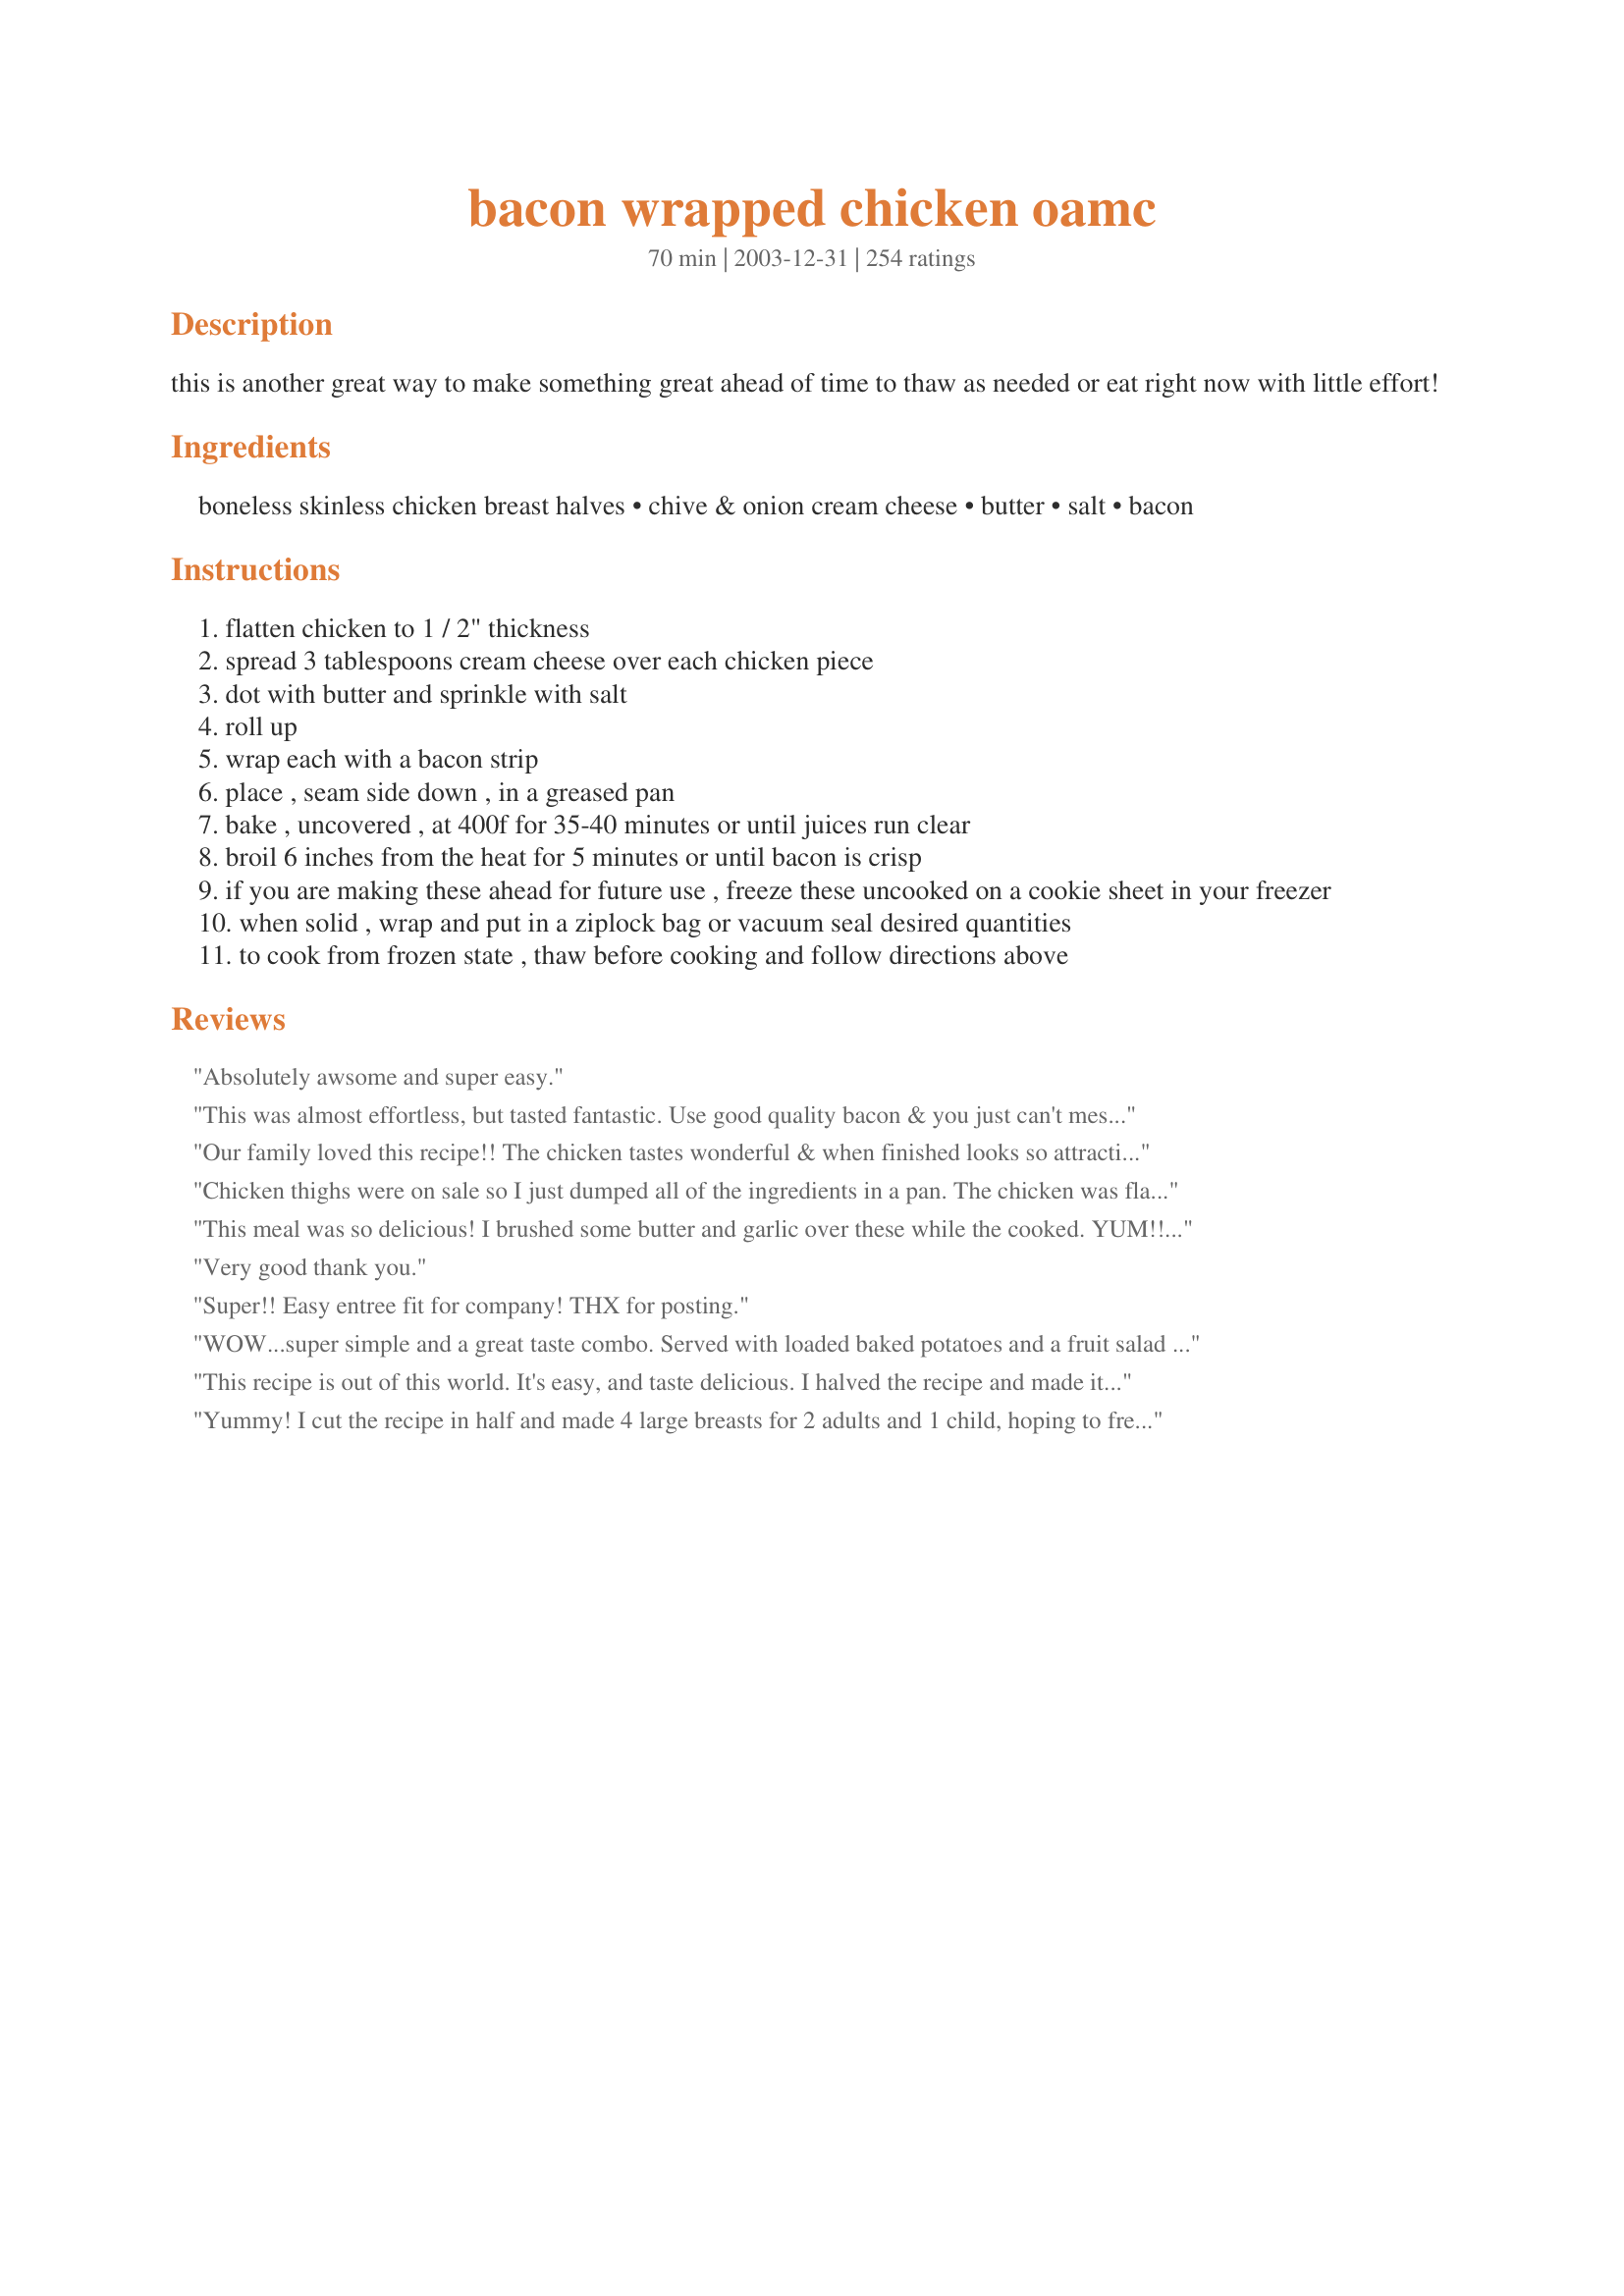
bacon wrapped chicken oamc
Preparation time: 70 minutes

this is another great way to make something great ahead of time to thaw as needed or eat right now with little effort!

Ingredients:
boneless skinless chicken breast halves, chive & onion cream cheese, butter, salt, bacon

Steps:
flatten chicken to 1 / 2" thickness
spread 3 tablespoons cream cheese over each chicken piece
dot with butter and sprinkle with salt
roll up
wrap each with a bacon strip
place , seam side down , in a greased pan
bake , uncovered , at 400f for 35-40 minutes or until juices run clear
broil 6 inches from the heat for 5 minutes or until bacon is crisp
if you are making these ahead for future use , freeze these uncooked on a cookie sheet in your freezer
when solid , wrap and put in a ziplock bag or vacuum seal desired quantities
to cook from frozen state , thaw before cooking and follow directions above

Reviews:
Absolutely awsome and super easy.
This was almost effortless, but tasted fantastic. Use good quality bacon & you just can't mess it up. I did not sprinkle with salt & did not feel it was lacking. Thanks!
Our family loved this recipe!! The chicken tastes wonderful & when finished looks so attractive on the plate. I couldn't find the pre-mixed cream cheese, so mixed dried chives into 2 packages of cream cheese. Everyone raved about this dish. Thanks Tish for sharing your recipe!
Chicken thighs were on sale so I just dumped all of the ingredients in a pan. The chicken was flavorful, and it made a really tasty sauce. Just make sure your cream cheese chunks don't get stuck on the side of your pan and burn. When it's done take out the chicken and whisk the cream cheese, then thicken if you prefer.
This meal was so delicious! I brushed some butter and garlic over these while the cooked. YUM!! Thanks for the recipe! This is a big keeper!
Very good thank you.
Super!! Easy entree fit for company! THX for posting.
WOW...super simple and a great taste combo. Served with loaded baked potatoes and a fruit salad and we were happy, contented cows! Sprinkled some fresh chives from my windowsill on top of the chicken and they were wonderful. Great recipe TY gbmom!
This recipe is out of this world. It's easy, and taste delicious. I halved the recipe and made it for 6 instead of 12. DEE--LISH! Thanks so much for a non fussy, delicious tasting recipe. My hubby states it is truly a delicacy. I would recommend this to anyone. Thanks again!

Melanie
Yummy! I cut the recipe in half and made 4 large breasts for 2 adults and 1 child, hoping to freeze the leftovers for an upcoming housesitter. The leftovers were in high demand and got eaten the next day, before they made their way to the freezer, so I ended up making more the next day for freezing. I served this with some chicken flavored rice and broccoli. We loved this dish; thanks for posting! A definite keeper.
Excellent! Every family member say its their new favorite. I made my own filling with cream cheese, minced sweet onion and fresh chopped chives. Thanks!
I used chicken tenderloin, and it came out really well. My boyfriend doesn&#039;t have a gallbladder, and usually experiences pain after eating bacon, but this sat really well with him. I loved it, will totally make this again!
At our house we call this Party Chicken with slight modifications. I lay dried beef in the bottom of the pan, wrap each chicken breast with 2 slices turkey bacon and proceed with the sauce of cream of mushroom soup and sour cream. It is the moistest and most delish chicken dish ever. I always serve with garlic mashed potatoes and a colorful veggie as the chicken as served is very bland in color. Always a company pleaser and so very easy!!
Thanks for the GREAT recipe Tish, simple yet elegant, just the way we like it! I have made this 4 times as of last night, and have gave the recipe out to numerous people. The only thing that I do different, is to make my own fresh herb cream cheese mixture instead of the store bought variety. I have a question for those having trouble with the bacon not being cooked enough, are you using the broiler for the last 5-10 minutes? I do, and I don't even pre-cook the bacon like suggested, and the end result is visual and taste perfection. The one thing that I REALLY like about this recipe is that you can refrigerate the left overs and then cut them into 1/4" pinwheels the next day for snacks, to put on top of a salad, or to use as hor dourves. This dish also goes great with a light Bernaise sauce, the distinct flavoring of tarragon, shallots, and chervil just makes it even more mouthwatering! It's a keeper Tish!
I made this for my roomates and boyfriend and they loved it! I was skeptical at first but this was easier than I thought. Definately will make again! If you're on a budget, you can always split the chicken breasts in half. Follows the same instructions, just add less cream cheese. Thanks for sharing!
Oh my! We loved these! I skipped the butter. I didn't have the flavored cream cheese, so I chopped a bunch of fresh chives and mixed them with a cube of cream cheese. I liked how crispy the bacon got and how juicy the chicken was! We will be making this again! Thanks for the great recipe!
I subscribe to the "everything is better with bacon" philosophy, and this recipe proves it! This is incredibly easy to make - the hardest part is pounding the chicken to the desired thickness. We did these as an OAMC recipe, and I think it was the second or third one that we ate because they just looked so good sitting there in the freezer. The only thing I did differently was I flipped the rolls over and broiled them on both sides so my bacon would get crispy all the way around. Next time I'll bake a little less (maybe 30 minutes) to allow for the extra broiling. Fantastic recipe!
Tish, you obviously have another winner on your hands!
I made this last week, but had far too many so I froze the rest fully cooked.
I just flash froze them on a cookie sheet and then put them in a zip-lock bag. We thawed them out last night and they were just as great as the first time around! So they DO freeze well when pre-cooked.
Thanks for a great addition to my OAMC cookbook!

Very tasty and exploding with flavor! My picky husband loved these. I had trouble wrapping the bacon around my chicken breasts because the breasts I used were really large and I couldn't get then thin enough so I cut them in half before rolling and wrapping bacon and they were very tasty! I decided not to use any butter or salt because I thought that the juices and sodium from the bacon and cheese would be enough. I was correct and it was very flavorful without it. I will definitely be putting this into the family meal rotation. Very pleasing look without all the work. Thank you Tish!
This was flavorful, but I way over-cooked it, even 20 minutes at 400 and 20 at 300.
Great idea! I used some Philly Pineapple cream cheese instead of the Garlic & Herb. I knew it was going to be a little plain, so I bought a bottle of katsu bbq sauce and used it as a dipping sauce. Tasted fantastic.
We just had this and it was really good!! I also turned the chicken half way through the cooking time and the bacon was perfectly crisp! I put garlic and some basil, thyme, and oregano in some regular cream cheese. My hubby said I definitely need to make this again!
I wrapped the cream cheese into the center of the flattened chicken.
 The bacon needs to be crisp!
I made these up last monday and cooked them tonight. I cooked them first in the oven and finished on the grill to crisp the bacon. I am sorry to say that we were not impressed at all with this recipe, I was hoping for something great with all the reviews here but to us it was bland and nothing grand. I even used spices on the chicken as I grilled it and I brushed it with butter also but we just did not care for it. I liked recipe #167880 so much better. Thanks for the recipe it was worth a try. Maybe if you marinated the chicken it would give it more flavor. It just was not for my family.
We enjoyed this. I was afraid the chive and onion cream cheese would be overpowering but the end result was much milder than expected.
I really liked this chicken dish. My husband however (VERY picky eater) Wasn't to keen on it, he said it was good ( I think to spare my feelings, because he only ate about half the chicken breast I put on his plate). However if you don't have picky eaters I do recomend this dish, it has a very rich flavor, make sure you get that bacon crispy.
Our daughter made this recipe for Sunday dinner. It was great. The hardest part must be the hammering of the Chicken to flatten it out for the filling. There was one piece of chicken left and it even made a good lunch for my husband and me the next day. I have to admit that I fell asleep and she did all the work so I can't tell you how long it took to prepare it.
Over all this was a good recipe to keep.Next time I will add some seasoning as it was a bit dry and the bacon was what gave it its flavor.
This dish was very tasty and different! The flavor was nice but it was a bit dry. I think next time I'll make a mushroom gravy or something to go with it. Thanks for a great recipe!
When I first saw this recipe today, I knew I had to make it. I was missing a few ingredients, but it was a just a test. WE loved this. I had two chicken breasts, some Rondele garlic and herb cheese, PRECOOKED bacon, butter, salt and pepper. When that's what you have, that's what you use:) 

I didn't have to broil the chicken to crisp the bacon, but I did spray the chicken with garlic flavored pam and cover with foil when I thought it might be drying out. I used 4 slices of precooked bacon per rolled chicken breast.

I also used individual casserole dishes to cook this in, so all the delicious sauce was right there. Wonderful dish. I will be making this again with the correct ingredients, but I really don't see how it could be better than the meal we had tonight.

Thank you, Tish, for this 5 star addition to my cookbook.
Made this with the homemade boursin cheese recipe and it was great. Thanks.
This is delicious! I made it with chicken tenders and it was easier than you would believe. I cut the bacon strips in 1/2 and layed them lengthwise along the tender instead of wrapping them around. VERY VERY tasty.
Thanks for posting this.
This is most magnificiently delicious chicken ever!
WOW!! I fixed this for dinner tonight and it was amazing!! Hubby, who prefers spicy and tangy to creamier flavors, said it was just ok, but he's not rating it and I am, so you would get 10 stars if they'd let me!! I forgot to add the salt, and I used 2 slices of bacon per breast. I'll definitely make this again...even DH, though it wasn't a huge hit with him, said I could add it to the regular rotation. Oh yeah, 3 y/o DD thought it was pretty good too!!
I cannot believe I have not reviewed this!! We LOVE to have these in the freezer (and on our plates!) throughout the year -- make a huge batch and package 4 per pan for fast meals. Thanx, Tish.
WOW, are these every good. My husband absolutely loved these. They are easy to throw together. Thanks for a great recipe Tish.
This was very good, quite a presentation. Next time I will and more than just salt n Pepper for seasoning. If you use your imagination you could do lots with this recipe, maybe add spinach or mush.
This was ok, but my family didn't really like it. Recipe was super easy and looked wonderful, but I don't think the flavors appealed to us much.

Thanks for sharing!
A good company recipe as you can have it ready to cook well before needed. Goes well with either a salad or hot vegetables and a potato dish. You can also vary the flavours of the cream cheese. A really versatile recipe. Thanks for posting :)
This chicken was very good... I would have never thought of doing this myself. I was hoping for a bit more of the bacon flavor, so next time I will crumble the cooked bacon in with the cream cheese. Thank you for sharing this recipe and I hope you like the photo!
I love the chicken and the bacon, but the cream cheese wasn't my favorite part. I love cream cheese, but I think there was too much on the chicken! I think I put less than three TBS on each piece of chicken. Next time I would use even less. My husband loved it all around.
Yummy Yummy great flavor think I'll keep this one handy for OAMC at least once a month.
Best bacon wrapped chicken I've had. I butterflied the chicken breast and stuffed them with the cream cheese, instead of rolling, and it was still outstanding. My next plan is to use plain cream cheese and mix it with a southwestern chipolte seasoning. Sounds good to me! Thanks Tish, this is a keeper!
Yummy, I cooked for the third time in my life and it was very successful. Everybody loved it. Thanks
Great idea - I guess we are just not fans of the chive and onion cream cheese. I may try again with an herbed goat cheese.
I just ate this for dinner, and I must say I was very pleased. I used chicken tenders and applied dollops of cream cheese along the tops and then wrapped the bacon around it. I don't know if the butter was really necessary because the bacon provided plenty of grease. We won't have enough left to freeze - my husband gobbled all of it up except for one piece! It's very rich, and tastes like it's a lot more complicated to make. Thank you for sharing such a lovely recipe!
Very yummy, will make this again, So easy to make! I only baked for 30 minutes and broiled for about 3, or else my bacon was starting to get a little too cripsy. I also only used cream cheese with garlic salt sprinkled in it.
This was so easy and yummy! What's not to like? Chicken, cream cheese and bacon...mmmm! I was really lazy and defrosted the chicken breast in the microwave, flattened it, cooked it some more in the microwave, added the cream cheese and bacon, and then finished cooking it in the microwave. It was very fast and easy...Thanks for posting!
It was ok. Some liked them, others didn&#039;t. Doubt I&#039;ll be making them again.
Made this for dinner as I was looking for a low-carb option for hubby's diet. It was good, but didn't wow us. I think I overcooked it and may have used too much cream cheese. Thanks though for a delicious option!
My friend Ev shared this recipe with me a few years ago. One of our favs. Quick and easy!
liked by the whole family even my picky 5 year old. it was almost to easy to turn out so well. next time im going to use plain cream cheese with jalepenos to spice it up. thanks
I forgot to rate this recipe and it is for sure one of our favorites. Since finding it several months ago, I've made this many times. It's easy and delicious. A couple of friends have asked for the recipe. Thanks so much for sharing.
This was really good, chicken was very juicy and tasty, will make this again for sure, thanks for sharing!
The chicken and bacon part was real good, I didn't care much for the cream cheese part. I like cream cheese but not with chicken I guess.
I took the grease from the bacon and added it in the water of the green beans I was cooking. It gave the green beans a nice flavor.
I also adapted and downsized this recipe for just 2 of us...should have made more! DH raved. I added a dash of Tapatio hot sauce.I will make this again...DH insists!...and tinker with it, for our tastes. Great recipe..Thanks for posting!
Oh WOW!!! This was wonderful. I used some chicken breasts from a bag I had and did not pound them out. They were thinner pieces anyway. I just put some of the cream cheese mixture(I used regular cream cheese and mixed in dried onion, lots of garlic, and pepper) on the top then wrapped bacon around the whole pieces. I left the butter out and just sprayed the foil with butter flavored pam. I also did not need to broil them at the end because the bacon was already crispy. My whole family LOVED this. The kids who usually only eat a tiny bit of chicken each ate a whole piece and part of another.
Absolutely delicious! Made this exactly as written except only put bacon on one side and didn&#039;t turn. Served with a mushroom/sherry/cream sauce, rice, and squash. Thanks so much for posting. Will def make again and again.
WOW! I would give 10 stars if I could, this is the best chicken recipe by far! I didnt have any problem with the cream cheese spilling out at all, and I only used 1 piece of bacon per chicken half and it was enough. I was not sure what exactly a breast half was but since a breast is a lot of food I flattened it out then cut it in half assuming thats what the recipe meant, it worked out well this way. I didnt change a thing about the recipe and it doesnt need any changes. Thank you for such a great recipe, I will for sure be making this again!

Ok, we had this again last night only I used leftovers of Recipe #326343 as the filling this time. If you like jalepenos and cream cheese you will like it using this as a filling. We really enjoyed it the other way and this way, although totally different flavor, we LOVED even more! It is a bit spicy but not overkill. (I am not a huge fan of hot things) We will be having it both ways now to change it up a bit.
Very easy to make. Kids and wife liked it. fileted the chicken due to lost mallet..lol Still worked well. Served with herb and butter rice and fresh green beans with veg seasoning.
I LOVED THIS! This fits perfectly into low carb diets and is a great addition to my OAMC freezer. DH (who is picky) loved it too. I fudged through on the cream cheese bc I didn't have any on hand. I also didn't want to commit to 12 servings when I wasn't sure if DH would eat it. I am going to make a full recipe of it this weekend and always have it on hand!
this was awesome!! I halved the recipe for a small group of friends. WOW what a hit! I thought this was easy and looked like I had a caterer. I will use again and again. Thanks for posting
So delicious! This is only my second attempt at making Oamc, and this dish was a huge hit at my house. I used whipped cream cheese, and I found that I didn't use as much as the recipe called for, but it didn't seem to affect the taste at all, because everybody loved it. Thanks for the winner!
I used thin cut chicken filets and made just as directed. I did add a little garlic salt to them. I must say these were just OK for us; I made enough to freeze a few but not my favorite zaar recipe.
Da'yum'...this was good!
Great Recipe! It was so easy. I bought the thinly sliced chicken breasts and they work really well b/c there is no pounding involved. I didn't even have to use a toothpick to secure the bacon, it just stayed tucked under the rolled chicken. I put 2 per plate, so VERY lucious and simple. Thanks.
After all the good reviews and with how easy this was, I was hoping to like it more. It wasn't bad, my family just didn't really care for it. There was so much cream cheese, and I didn't think it added a whole lot to the dish. It was very easy to make, with simple ingredients and directions, however, I don't believe we'll make this again. Thanks for sharing, however.
Awesome! A great new way to eat chicken breast. My boyfriend was so happy with the resulting flavor. Thank U!
The bacon wrapped chix wouldn't have made it to the top of my list if it weren't for the chipped beef, cream of mushroom, sour cream sauce and rice.
Delicious! everyone loved it. The flavors were great together. I would advise setting the cream cheese out for 10 minutes or so just to let it become a nice consistency for spreading onto the chicken. Also, after the chicken breasts were pounded the wraps were quite large so I used 2 pieces of bacon for each wrap. Will be making this recipe a lot in the future. Thanks
I thought this was very tasty, but really hard to pound the chicken breasts. I also thought it was too much meat per person. Next time I would start off with chicken tenders or possibly filet the larger breasts so they're only half as thick. I was worried even after all the pounding that the chicken wasn't done in the middle or the cream cheese didn't get hot enough. Good flavor and very simple other than the pounding!

Thanks for posting!
This is a keeper. Thanks Trish for the great recipe. All I had on hand were bonless chicken thighs but decided to try the recipe anyway and I also slightly pre-cooked the bacon to by baking in the oven on a rack to remove some of the fat. Worked great and I didn't have to place them under the broiler to brown the bacon. Now I plan to try it with the breasts to see which one the family likes best. Also plan on making a batch to freeze. Thanks again for a great recipe.
Jeanne
Wow! This was the first thing ever that I tried making for the purpose of freezing ahead (though my BF couldn't stand the thought of not cooking and eating them right then because they looked so good). I'm a novice at cooking, and these were incredibly easy while looking really fancy. Tonight we had them for dinner, and they were even better than either of us expected. Truly restaurant quality taste! Since BF doesn't like onion or chives, I took someone else's suggestion of making Garlic & Herb Cream Cheese Spread (<a href="/111489">Garlic &amp; Herb Cream Cheese Spread</a>). Couldn't believe how nicely the flavors from the cream cheese made its way into the chicken and how roasted on the outside and juicy on the inside. The bacon on top was just more deliciousness on top of already heaven. Can't wait until it's time to pull more of these out of the freezer. Thank you so much!
This was great, although I did not use the cheese (picky eaters)I only had 3 chicken breasts which I filleted and coated with garlic power, cayenne, cumin and some oregano. I rolled up the chicken and wrapped in bacon and cooked it, it was wonderful. Thank you.
I just recently attended a baby shower where this was served. It was dry and leather like. I did not eat mine, it was terrible. I am anxious to cook this on my own to see if I can keep the chicken from drying out. Any suggestions out there?
Excellent. Didn't change a thing although my bacon was the extra thick stuff so didn't wrap as well as regular bacon would have. I also didn't need to broil, the bacon was done perfectly for us without broiling. The cheese mixture (which made more then 3 tablespoons for each breast) wanted to squeeze out of the breast during rolling but I managed with the help of several toothpicks. Somewhat messy to prepare but we both loved these breasts served with Thai rice and a veggie. We could only eat 1 each for dinner so I still have 10 in the freezer for future meals. That makes me deliriously happy so thanks for posting this.
I love how easy this was to make and I liked it. My older son was the one who requested this and he gave it a 5 but the rest of us gave it a 4. Thanks for an easy dinner that everyone was so excited to try!
I made this chicken tonight for dinner with my gluten free potato soup and gluten free cornbread.It made a fabulous dinner. This chicken is a real pleaser, everyone really enjoyed it. They were very simple to make and very very yummy.Plus this dinner is completely GLUTEN FREE!Thanks for sharing Tish!
We thought that this was just ok. It seemed like just too much meat - and we are meat eaters! Thank you for something easy and different though.
My husband and I enjoyed the flavor of this a lot and I enjoyed the simplicity. I definitely recommend cooking the chicken on a rack so that the bacon on the bottom doesn't get soggy. Next time I will try them with Chicken thighs or cut the breasts into smaller pieces... they were HUGE! Thanks for the awesome recipe!
I was so excited to try this recipe - I had the chicken and bacon ready, but when I went to get the cream cheese out of the fridge all I had was plain (boring) fat free cream cheese. To avoid a trip to the store and to make use of what I had, I added one packet of Hidden Valley Ranch dressing mix to 1 carton of cream cheese (I halved the recipe). Turned out great! Thanks for a quick and wonderful recipe!
I cooked 5 of these for dinner tonight and froze the other 7. I wasn't sure about the cream cheese staying in because my technique was very sloppy. However, they turned out fine and tasted good.
This is a terrific recipe! My family loved it! Thanks!
I can't wait to make this again and serve it to my daughter, who will love it. And I will make extra to pop into the freezer. Totally a successful recipet - thanks for sharing!
This chicken was very good and soo easy to prepare! I cut the bacon strips in half and layered them on top of the chicken. They crisped up nicely. My boyfriend ate three pieces of chicken because he said they were sooo good! Thanks for a great recipe!
SOO easy! I did put the bacon ON TOP only as suggested...and sprinkled garlic salt on the insides before rolling. I also used thick cut pepper bacon which added a TON of flavor! Soo easy and good!
I finally got around to trying this recipe. I was hoping this would be a good "make ahead" dish. However, my husband and I found this recipe to be bland. But thanks for posting and letting us give it a try.
When I do my bacon wrapped chicken, I put it over a sauce made from one small jar dried chipped beef, finely diced, 2 cans cream of mushroom soup, one 16 ounce container of sour cream, salt and pepper. Put the sauce into the bottom of a sprayed 9X13 dish and lay the bacon wrapped chicken on top. I cook it in a 300 degree oven for about 2 hours ( or until internal chicken temp. reaches 170) The sauce cooks into the meat making it succulent and sooo flavorful. Served over rice, this dish is a family FAVORITE.
I can't say enough good things about this dish!!!

A fantastic recipe for guests. Everyone loves this. I've made upto 27 at a time! It's good the next day for lunch too! I will never stop singing it's praises.
Delicious! Definately quick and easy. The presentation is gorgeous! I would definately use this for entertaining simple because it looks so fancy! I love cream cheese, but I think it could benefit from a little something added into it...maybe Parmesan or something? The bacon gives a wonderful taste! Will definately make again!!
Like things spicy so we added jalapenos on top of the cream cheese. Made with boneless, skinless chicken thighs. Next time I'll try cooking them on the grill. My kids don't like cream cheese so I precooked bacon and stuffed inside of their pieces. They LOVED it. Great way to please adults and kids.
These were great, I didn't include the salt or the butter and I used prosciutto instead of bacon. I did however find them a little dry but am assuming the butter would fix this, I will put this in next time I make them.
Wonderfully easy-to-make with delicious results! I halved recipe and added a pound of fresh whole white button mushrooms in-between the chicken rolls. Very tasty--the mushrooms were a wonderful addition to a great dinner! Thanks for this "make again and again recipe!"
This is one of my favorite recipes. I also add jalapenos to the creamcheese.
I was super excited to try this recipe based on the great reviews but we unfortunately did not like it. I guess for us the taste of the bacon overpowered the chicken and the cream cheese was not to our liking. Maybe if we partially cooked the bacon to rid it of some of the grease that would help with the bacon flavor not killing the taste of the chicken.
This was a great meal. My husband and I loved it. I used Herb and Garlic cream cheese instead of Chive and Onion. Thanks!
I was so pleased with how the chicken turned out that I've made it twice now. I did not add the butter, but I did add salt. I also used turkey bacon and it was yummy! Great OAMC meal!
Very easy to do and tastes great. Watch your chicken closely as mine was done in 25 minutes. Served it with quinoa and sweet peas.
This recipe is very similar to Ruzicka Chicken recipe#66488 and my family just loves! The bacon makes the chicken so tender and the presentation of thisis even good enough to share with company! I had no idea that you could make this ahead of time and just bake when needed! Thanks so much for sharing this great idea.
Very tastey and esy to make!!
Delicious & so easy! Followed the directions as stated except I omitted the butter (and didn't miss it). Next time I will flip the chicken half way during cooking to crisp up the bacon on the bottom (as others have recommended). Thanks for posting Tish...this will definately be a regular recipe at our home.
Very good meal! thanks tish.
Chicken, bacon and cream cheese. What's not to like? Thanks for the tip on making these ahead and freezing. These are great to have on hand for last-minute company.
I made this along with 2 other main-dishes for 14 guests who came for dinner, and it was a big hit, and the first to go. I used a large round Wolfgang Puck roasting pan and spiraled the bottom of the pan with the chicken rolls. I made them small, and they looked so fancy. The melted butter that layered the bottom of the pan after they baked, made a nice sauce to spoon over the chicken, and it just melted in the mouth. This is a keeper.
yeah i really didnt care for this recipie it was very bland tasting to me although the idea is a great starter for many other recipies, my boyfriend really like it though but he doesnt care for alot of spices so i will probably make it again though i may add my own touch to it, thanks for posting
These were very easy to put together and freeze for later. I made these for valentine's day and pureed some sun dried tomatoes into a paste to make heart shapes on the serving dish with the chicken inside the hearts. We scooped some of the paste on top of the chicken and the flavors tasted great together.
Absolutely Amazing!! We love this and I have served it multiple times for dinner parties. I use the thinly sliced chicken breasts and serve 2 per plate. Delicious!
I just made this for a meal for 36 ladies. They LOVED it! I didn't salt the chicken, and wished I had, although no one reached for the salt shaker but me. Also, I'd put the chicken up on a rack to keep it off of the drippings so the bacon would crisp up more. I added sliced fresh mushrooms over the tops of all of the breasts. Then, the last 10 minutes of baking, I covered the pans with foil in order to steam the mushrooms. Next time, I'll use the same method, but I'll broil the chicken breasts after steaming the mushrooms in hopes of crisping the bacon. This recipe is worth working with to perfect it! Thanks, Tish!!!
Just add me to all the rest who think this is delish. Didn't change a thing
This was awesome! Very moist and tender chicken, with a little bit of richness added from the cream cheese. Next time I will either turn the chicken over to crisp the bacon on the bottom, or just lay the strips on top. But either way, this was an easy recipe to prepare and tasted great with the rice pilaf I served. Thanks for the yummy keeper!
I made this last night and by order of my husband, we now have a new "weekly" meal to add to our menu. :) These little bundles of chicken and bacon heaven are a perfect "wrap" for the cream cheese.
Next time I'm going to try turkey bacon and plain cream cheese infused with minced garlic, onion and cilantro.
Thanks Tish! :)
******3/15/10******
Update: I made these a couple of weeks ago and forgot to post. I used the turkey bacon, and plain cream cheese, (in the tub) that I softened and then added 2 cloves garlic, grated fine, onion powder, (only because my onion went bad. :( ) and about 1-2 TBS fresh cilantro, chopped. I mixed it about 6-8 hours in advance of making them and it was awesome! The turkey bacon did much better than I had expected. Of course it's not real bacon, but it came out nice and well done esp after a blast on broil for about 2 minutes plus/minus. The cream cheese had the garlic, onion cilantro flavors we love, but the amounts I gave is to our taste. You may like more or less, so adjust. I want to do it again with fresh onion, and a smidge of cumin w/a dash of cayenne just to see what happens. Hubby and I love the southwest/Mexican flavors so we lean to those spices in alot of recipes. Will let you know! :-)
This was excellent! We will make this again!
We all loved this great recipe but want to try it using tofu cream cheese after I developed an intolerance to lactose. You need to buy a very thick brand of cream cheese or it will ooze out as you roll the chicken, the full fat kind is better then the light version.
that was ok ...but to pasty for me
Oh these were sooo good!! I only made four but wish I had made more to stick in the freezer. I used much less cream cheese than called for in the recipe. I just spread it thinly over the flattened breast before rolling it up. I also laid an additional slice of bacon over the top of each breast. Then I poured a large can of drained mushroom pieces over the top. Next time I'm going to add some mushrooms over the cream cheese before rolling the breasts. I cooked for half the time and then flipped them over and cooked the rest of the time. No need to use the broiler. The bacon was nicely browned on both sides. I served them sliced with the mushrooms spooned over the slices...it made a beautiful presentation. This will become one of our favorite and often cooked recipes. Thanks for posting it!
Can I just say, YUM!!! I'm fairly certain the hubbs would eat this every single night if he could get me to make it that often. I have made this twice in the last two weeks (with some extras in the freezer) and I'm thinking that they will probably hit our table on a weekly basis from now on. Thanks!
This was just okay for us. I had hoped it would have had more flavor than it did, but if turned out rather bland. The first ones we cooked were baked in the oven, and even though they looked very nice on the plate, they just really seemed to be lacking in flavor. The next time we thawed some out to make, I wrapped an additional slice of peppered bacon around each breast and we cooked them in the smoker. We liked them much better when cooked this way, but I probably won't be making any more to freeze.
I was a little dissapointed in the flavor of this. It should be fabulous! I will be trying it again , because I think we are just not crazy about the chive and onion cream cheese. I think we would love it with the Garlic and herb as another reviewer mentioned. It only took a little time to get it all together. I really was great to have ready to go, we had a family member ill and needed help with meals for her family, no problem I cooked it up and sent over a nutritious meal.
What a GREAT recipe, thank you so much for posting.. def a crowd pleaser.. I did use the pre cooked bacon and it was WONDERFUL!!
YUM! This went over very well with DH and 5 year old. It's very easy and delicious. Will definitely make again. 
~*~*~*~*~*~
UPDATE: I have made this several times, including tonight. I now calculate the WW pts, which is only 6 if you use 4 oz chix breasts, light cream cheese and 1 slice bacon each.
Wow! I cooked the entire batch then individually wrapped them and froze them. My DH can grab one from the freezer and toss it in his lunch cooler. It works out great, by noontime it is good to zap for 2 minutes and he has a great lunch! Very Messy to put together, but well worth it. I to skipped the butter and salt, and I used thick cut bacon. Great recipe!
I thought that this was pretty good, but dh didn't really care for it. He thought that it was too salty (guess from the bacon). He can be picky when it comes to new things though. It was easy to put together (I used thin chicken cutlets). Thanks for sharing.
Finally!!! Something different to do with chicken that everyone in my family gives a big thumbs up to!! This recipe couldn't be any easier to put together. I did turn my chicken after crisping the bacon on top, to crisp the bacon on the bottom also. The chicken is super moist and I agree about the melding of flavors with the chive and onion cream cheese and bacon. Thanks for this great recipe! :)
I thought this was a great recipe! Quick, and simple for a weeknight meal. I am trying to watch my weight so I made mine using low fat cream cheese. I don't think it hurt a thing. I also used much less cream cheese-just spread a light layer over the chicken. One pc. of bacon didn't seem to cover the breasts I had so I used 2 pcs. on each breast. Everyone loved it. I made my pc. without the bacon but tasted the one with bacon-I would throw caution to the wind on this one and eat the bacon too. Although it tasted good without it, it tasted GREAT with it! Thanks for the recipe. I will make it again.
These smelt amazing as they came out from under the grill. I followed the recipe excatly. The only trouble i had was cutting the large chicken breasts in half. Next time i'll buy smaller ones and not cut them. I also took advice from another review and cooked them first and then froze. Many thanks.
I'm going to give this 5 stars on what it would have tasted like if my husband wouldn't have shown up 2 hrs late for supper and dried out the chicken. I couldn't believe how good it tasted even after all that! I can only imagine what it would have tasted like the first time! I can't wait to try to make it again! They were pretty darn easy to put together. I had some left over 1/3rd slices of bacon, so I just put them on top of the chicken breasts and it worked just fine. I couldn't believe how wonderful these smelled in the oven while they cooked! Thanks Tish!
The only thing I did different was I didn't use butter. I actually forgot, but it was really really good, so I won't use it next time either. Very yummy!
Delish! Omitted the butter and used two bacon slices per roll (more bacon!!). Thanks for sharing, Tish, this will get made again (and again)!
Tish, this was very good! I did add some minced garlic to the cream cheese cuz I love garlic! I made these and froze them, and now have them at the ready. Very easy to do and very tasty as well. Thank you fellow Nevadan! :)
I knew this was a winner before I even made it. I had 6 large boneless skinless breasts and instead of flattening them, I butterflied them and sliced into 2 pieces. We had one each for dinner that night and I froze the rest on a cookie sheet and then placed in a freezer bag. The 2 we had for dinner were delicious- not dry at all even tho I had to cook them a little longer than 40 minutes- probably 10 minutes more. The bacon was done. I didn't need to broil it. The cheese filling was just right. I've had trouble in the past with stuffed chicken breasts. They didn't roll well and the stuffing had all but disappeared by the time the chicken was done but NOT this time.
I've added this to my OAMC cook book and will be passing this recipe onto my friends.
Thank you for a great recipe!
Simple and delicious! Just make sure to bake them in a dish with sides to keep the bacon grease contained. My husband baked them on a cookie sheet and ended up with a little grease fire in the oven :)
This is the BEST chicken recipe I've ever had!!!<br/><br/>For some reason I don't do well with chicken recipes, but I had to try this one. I'm so glad I did! Based on all the reviews that people have left on here, I did change a few things. I only made five pieces of chicken instead of twelve.<br/><br/>I salted the chicken before putting the cream cheese on it. I only bought 1 container of onion and chive cream cheese, which was plenty. I also bought a package of thick sliced bacon and wrapped each chicken in 3 strips of it. (YUM!) <br/><br/>I cooked these for half the time on 400 degrees and the other half at 300 degrees. I also turned the chicken over during the broil to get both sides crispy. It was amazing! Even my picky eaters loved this, and the cream cheese that's called for is so, so good! I can't understand why anyone would want to substitute it! It's SO GOOD! :D
Amazing! I bought the thin chicken breasts and that made this a breeze! I used reduced fat cream cheese and added my own spices to it. I also used turkey bacon and wrapped two pieces per breast. It was just awesome. My husband grilled them one night, which I didn't think would work at all - and they held up great! I plan to always have these on hand!
My family very much enjoyed this recipe. It was very easy to prepare and didn&#039;t take too long to cook. We served it with some asparagus on the side and it was a great meal. This is a keeper for sure.
Tish...this is a fabulous recipe. I halved it (there are only two of us at home) and froze 2 breasts in each of 2 packages for later. Instead of the listed cream cheese, I made recipe #111489 Garlic & Herb Cream Cheese Spread. Everything else was exactly as written. Decadent, yummy enough to impress company...easy! Thanks for sharing!
My mom gave me this recipe some 20 years ago, and it looks like it has had no real changes. The only thing that I have changed is now I use chicken tenderloins, that way I dont need to beat thim up. Glad to see that this is still going around and being made. ENJOY!!!
Talk about a melt in your mouth flavor. This chicken was absolutely delicious! Very simple to make and the results are restaurant quality. I served this along side with a ranch potato casserole (recipe# 44291) and some garlic bread. I loved how the bacon and the chive and onion cream cheese went so well with each other. I will be making this again...hopefully very soon. The only problem I had was the 5 minutes with the bacon and the broiler...lol...kind of made the house a little smokey. I didn't mind at all...the results of this dish was worth a little smoke in the house :) Great recipe, thanks for posting a keeper!
One of my favorites, and everyone I have ever shared this recipe with would also give it 5 stars. Quick and easy :)
Giving 3 stars but it is my fault. The flavor was good but I like bacon crisp (with breakfast) so I totally dried it out. I will make again and settle for less crisp bacon. I had such hi hopes for this but I messed it up by drying it out so much!!! Will review again when I make again...
My mom gave me this recipe Friday morning and I made it Friday nite. Of course I only used 1 carton of chive and onion cream cheese and 4 breast halves. This was so good and easy. My husband told me this was by far the best chicken recipe I have ever made! Will make over and over again. I urge everyone to try this!
Took a bit more time for me to make then I thought but it was 100% worth it super delicious, the whole family loved it.
I made this last night but slightly changed the recipe. I used onion soup mix and stirred it into my cream cheese. The chicken I used was Freebird brand (no hormones, antibiotics free and vegetarian fed). This was AMAZING! I didn't even need to use the broiler to make the bacon crispy! New favorite meal!! Also - the tip on making and freezing the extras was wonderful! Easy future dinners.
My daughter said, "Wow Mom, this is delicious!" Anytime that happens the recipe gets 5 stars from me! Thanks!
I have made this several times now and it is always a hit. The only change I made was to mix onion, garlic, or whatever into plain cream cheese. Thanks for sharing!
One word YUM!
We all liked this recipe. Instead of wrapping the bacon around the chicken, I cut it into thirds and layered it on top. Broiling at the end helps crisp the bacon up. I have made this several times, but we have always eaten it for dinner and I haven't had a chance to freeze any yet, so I can't comment on how well they work as a make ahead meal. Thanks for the recipe!
So VERY easy and delicious!!! Next time I think I will wrap it both ways so all the cream cheese doesn't spill out of the sides, but it was still fabulous at that. Also, I used 2 pieces of bacon per breast...Thank you for the great chicken recipe!
I added a heaped tablespoon plus a bit more of BBQ rub (use your favorite) to the two containers of cream cheese plus a handfull of shredded sharp cheddar, mixed it all up in a large bowl. Then I cooked these on my smoker using apple wood. Good stuff!!!
I love this and so does my boyfriend. I use the low fat cream cheese and add chives to it separately becase BF doesn't like them. I also salt & pepper the chicken (both sides) before I put in the cream cheese to give it extra seasoning. I've made this lots of times...how can you go wrong with cream cheese and bacon??!!!
Very good and easy, made the house smell great!! Didn't add the butter or salt cuz the bacon took care of flavor. Thanks!!
Just as easy as claimed! DO follow recommendation to cut bacon and put on top - crisps up nicely. A 'fancy' dish that takes no work!
Soooo yummy! Tons of flavor and keeps the chicken nice and moist. Also great as a OAMC recipe. Very easy to prepare with ingredients that I always have on hand.
Wowza! This was SO good!! Big hit with the teens!
I made this last night and got the two-thumbs-up from DH. He's not even a fan of cream cheese OR white meat chicken, but because the chicken was so moist and full of flavor, he really liked it and was glad to hear that we had two more dinners worth in the freezer for a later date! That said, we'll definitely be having this again! As for dry chcken from the last poster - maybe they over cooked it? Mine was very juicy. Any over-cooked meat will taste like leather.
I want to make the bacon wrapped chicken and it is stuffed w/cream cheese, it says to cook seam side down, does that mean the cr. Chees side goes down ?
I made this tonight and agree it was delicious. I also agree with a few other reviewers that it's probably best to either flip the chicken half way through, or cut the bacon in half and lay it on top to make sure it gets cooked thoroughly. Mine was uncooked on the bottom and I prefer crispy bacon. Delicious, easy dish!
We had this tonight for our family Valentines dinner. This was great!!! Everyone loved it, my 7 year old daughter has now decided this is her new favorite dinner. I followed the recipe on this, I loved how simple and easy this was. This gets 5 stars for how easy, the small list of ingredients, and how elegant it turned out. I figure we would have spent $$$ going to a restaurant tonight, so I decided to save the money and do it myself. Thank you for posting this recipe, I will definately be asked to make this again!!
Prepared for DH and myself last evening, followed the recipe as posted with the exception of seasoning the chicken breast with white pepper & poultry seasoning in addition to the salt. Very simple recipe which was quite tasty, I had prepared to cook both chicken breast halves, however, when I finished pounding the breasts out I found that one was plenty for our dinner so I froze the second one and look forward to having an even easier meal next time I prepare this. The only thing I will do differently next time is turn the chicken over half way thru the broiling time so the bacon on the bottom will crisp up as the top did. Thank you Tish for posting.
Excellent meal! I ended up with HUGE thick chicken so I was not able to pound it down thin. I think it would have been even better if I could have. Thank you for the recipe :]
I tried this on my first attempt at OAMC. I chose this recipe because my DD's love bacon. I thought it would be "ok". I was wrong! It is really good, easy to make, and even easier to cook. This will be staple in my OAMC menu from now on! Thanks so much Tish...from one IN girl to another!
So easy to make and taste great. Will diffently make again!!!
This recipe is a winner! My kids, hubby and parents all enjoyed it. I think next time I will follow the suggestion of turning the breasts over and crisp up the bottom sides of the bacon.
Thanks for another great recipe Tish. I used up some leftover boursin cheese and now make these regularly and cook them on my george forman grill.
My wife and kids love it.
Nothing wrong with it, just my own personnal taste. I wasn't crazy about the cream cheese texture in the middle, altough my 4 year old announced after dinner "Mommy, that was DELICIOUS! Can you make that again?" LOL
What did I do wrong??? It was so bland. Zero flavor, even with the bacon. We ate some fresh and froze the rest.
As Martha Stewart would say &quot;it's quite tasty&quot;. I followed the recipe as is but next time I will lay on the onion and chive cream cheese a little thicker. And as some of the others said, it was in fact very Smokey. But that happens when you bake bacon. Will do this again. ?
These were great, and my family loved them. I used the thin cut chicken breasts (saved the pounding time) and served with Jasmine Rice / Black Beans with a squash / zuchinni medley. Very hardy dinner, with a diverse boquet of flavors!
My kids and I had a blast making this for my Bunko group tonight. My bunko group LOVED it. It was YUM-O! Thank you for sahring it.
I really like this recipe. All the family will eat it without complaining! I use chicken fillets, instead of pounding the chicken. Other than that, I don't change a thing. The extras freeze well and then I just put them into a storage bag to pull out when I need a quickie.
WOW! What a surprise to the tastebuds. I was so excited smelling the house while this cooked. I made 6 breasts and froze 4. I did add the butter, but no salt - it didn't need any. This was a delight - and my Dh loved it! We served this with chiken flavored noodles and lemon butter brocoli steamed! YUMMO! I'm excited to have 2 more dinners of this waiting on us! I did cook mine at 375 degrees for 30 minutes, then rest for 5 min's then broiled for 2 min's - rotating after one minute - not to burn any part of the bacon. It was nice and crisp! Thank you very much!
This was delicious! I was very surprised how moist the chicken was. I did not add the salt; didn't need it with the bacon. Also took another reviewers advice and added sliced mushrooms and turned it half-way through. Might cook for 30 minutes next time and then broil for crispier bacon. Wonderful and a keeper! Thank you!
I made this as written using thin sliced chicken breasts. This is delicious although very rich. My whole family enjoyed this very much. I am thinking this is a good entertaining recipe as it is a beautiful and delicious. Thank you for a great dish for everyday and special events.....Stephanie
We liked this. My father in law kept complimenting it. I felt like it could have used a little bit more flavor..but that could also be bc I'm sick, and my tastebuds are a bit off. Either way, I will make this again. Also, it's super fast and easy to make. I served with mashed potatoes, broccoli and crescent rolls. Thanks!
I don't usually cook and have recently (as in the past week) decided to try cooking some more homemade dinners instead of store bought stuff. This was my first recipe to try. It was awesome!! It was so easy and very tasty!! My husband didn't believe me when I told him I made it myself. Thanks for the awesome recipe -- I can't wait to make it again!!
This dish is outstanding! I cooked all of the chicken and froze half of them as another reviewer did. Thank you so much!
I'd give more stars if I could.So easy so yummy & so pretty.Great company dish. I halved recipe & made 5.My kids loved it as well.
Thank you for this lovely dish!
I made this for my BF. He refuses to eat white meat chicken......until now. He raves about this dish and now I can't keep it in the freezer because if he sees it he pulls it out for dinner. Thank you so much!!! 
Note: I found that if I hide it behind the low cal ice cream he doesn't see it. LOL
I'm making this today, great keto recipe...
This was ok no much flavor to it.
Okay now, have 179 people really rated this? If so I'm #180 ooooh. I made this last night for my husband and I, then when our son was about to get home from school I thought it was so easy that I would just make him one too. It was very good and incredibly easy. Now I'm going to put some in the freezer. I am going to add this to my favorites. Thank you for posting.
Rachel Castle
These were slightly oily for us.
I had to try this after I read the ingredients! I didn't have chive and onion cream cheese so I just mixed in some garlic and green onion-it was so good! I also used the tenderloins which I think made it quicker, and hickory smoked bacon was all I had but it eliminated the need to season the chicken. Thank you for a great recipe!
Came out VERY good. I think next time I will cook them on a wire rack to help crisp up the bottom of the bacon (I also used 3 to 4 pieces of bacon per chicken breast to get full coverage). Very tasty, the wife and I both loved it. &lt;br/&gt;Thank you for sharing!
Delicious and easy to make - restaurant quality!
This recipe was a great change from our usual chicken dishes. I cooked mine in individual ramekins with the bacon tucked over the chicken. The bacon crisped up nicely and the chicken was very moist. I think this will be a regular on out menu.
This was really good. I scaled it down to 4 chicken breasts and put 3 bacon strips on each breast. My husband REALLY loved this and my 3 picky kids and I all liked it too. This is definitely staying in my recipe box. Thank you Tish.
This recipe was easy to make and really tasted great, too. I froze this recipe before having my second child and was easily able to pop the individual uncooked portions into the oven for a quick and easy meal after the baby was born! Loved it!
This was very easy to make and tasted delicious. My Husband Loved it. The cream cheese and bacon give it alot of flavor and keep the chicken nice and tender. I cooked mine for longer because I detest uncooked bacon. I also turned it as it was cooking so the bacon would brown evenly. Thank you for posting this recipe.
This is a great OAMC recipe. So easy and delish! The only thing I changed was that I had some fresh parsley in the fridge so I sprinkled some chopped on top of the cream cheese. With some broccoli and no starch, this is a low cal meal...looking forward to cooking up the next 7 breasts I made.
Made this tonight and it was so delicious! Used Garlic and herb alloute spread. I just wish my bacon had come out crunchier :( But it will be made again so I shall master it!
Great recipe. So easy, quick, and only three ingredients...how much better does it get. I make it just like the directions and only added a few spices/seasonsings. I sprinkled with the Provence seasoning. The cream cheese along with the bacon kept the chicken moist. My Frenchman husband enjoyed the chicken also. It's a keeper :)
Yummy delish delish
Gillian South Africa
Had this for dinner tonight with green beans, squash (#109335) and rolls. Chicken was delish! Was easy to prepare and was very moist and creamy. We didn't broil for the full 5 minutes - didn't need to. Thanks nnreq for a great recipe!
This was delicious !! I made a tray of about 10 good size chicken pieces and there is no left overs. My girls immediately asked me to make this again soon. I did take a photo, but it looks like you really don't need more photos. :) Great and easy recipe. thank you....
We really enjoyed this chicken. I halved the recipe (in case we didn't like it) and it was easy to put together. After tasting it, I wished I had made the whole recipe so I could freeze some. Oh well, next time will definately be a whole recipe. Thanks!
This was just ok. Probably won't make it again.
Simple to make and delicious!
SO easy! I remember my mom making this dish when I was a little kid. Another good recipe for an OAMC beginner. We portioned ours into two chicken breasts per ziploc bag for an easy dinner for two. Served with a fresh green salad.
Simply put these are amazing!!! I made them as directed for OAMC, I have them in a ziploc and take out as many as I need. Everyone raves about them. Its nice to be able to serve something elegant at a moments notice. Thanks! LOVE EM
I thought these were great but my husband said a little too bland, so I "averaged" our ratings for this one. They stayed moist throughout the cooking. I did flip them once during cooking as well as during the broiling to better brown the bacon.
These were very easy to make and very good to eat !! I love having them in the freezer , tucked away for whenever I need something quick !
THESE ARE AWESOME! I made these using boneless skinless chicken thighs skipping the butter & salt. I bought a "value pack" (18 pieces) & the thighs were already 1/2" so no pounding was needed. I wrapped each in plastic wrap before putting them into a ziplock bag to freeze. I kept two out & made them for dinner. My husband really loved them & said I should share this recipe with his grown daughter for her family. I love that I still have 16 more of these in the freezer for future dinners! Thanks so much for the great recipe :)
I used this recipe as a guideline pretty much because I changed some of it up. I bought a package of plain cream cheese and mixed oregano/parsley, black pepper, garlic and onion powder and dried chives in it, then from the top piece of the chicken in the middle to the bottom I smeared it and put a glob of butter in the middle then sprinkled it with salt, wrapped it in bacon. I cooked 6 big chicken breasts at 400 for 40 minutes and they turned out perfectly, I basted them with the juices that were at the bottom of the pan too. Thanks for the recipe!
Very good! I mixed onion and red bell pepper with plain cream cheese but didn't use as much as the recipe called for-- BIG mistake! Next time I won't skimp. Thanks for posting!
Not that this needs another review, but we enjoyed this as well. I do think that the bacon gives it much of its flavor and it could stand some seasoning of some kind. It was almost too bland. I will probably add another strip of bacon to the wrap, a little more cream cheese and maybe a sauce next time. All in all though, it is a very good recipe. Thanks!
This dish was very flavorful!
DH & DD loved it but agreed that it was a little dry.
I think next time I will cook at 400 then lower after a few minutes to 300 , cover and bake a while longer than stated.
Using my instant read thermometer
Maybe a nice basting of butter or use 2 slices of bacon instead of one.
EVERYTHING IS BETTER WITH BUTTER OR BACON ON IT! 
: )
Thanks Tish!
YaYa
Very good, instead of cream cheese I used garlic and herb laughing cow cheese and turkey bacon. All the flavors really came into the chicken wonderfully! Thank you for sharing this recipe.
Love this recipe! My husband gets really excited when I make it and a huge smile creeps onto his face. I made a few modifications to the recipe and it was incredible (but it did take a little longer). I mixed cream cheese with fresh chopped chives and chili pepper flakes. I pre-cooked the bacon until crispy (mmmâ€¦â€¦crispy bacon) and rolled it all inside the pounded chicken breasts. After securing the rolled bundles with toothpicks, I pan seared them in olive oil for a few minutes on each side, browning the chicken. Lastly I cooked the seared bundles in the oven at 400 degrees for approximately 20 minutes. Yum-o-luscious!
I cut back to only two tablespoons of cream cheese per chicken breast and sprinkled with garlic salt instead of regular, but otherwise made as posted. Baked up nicely. Easy and good. Thanks for sharing.
I have to ask why someone would review a dish 1) after admittedly making a mistake in how they chose to cook it? 2) turning it into your own recipe? I made the recipe as directed and it was very good, but just a tad bland. Perhaps more salt and pepper on the outside of the chicken? Will definitely make it again. Thanks Tish!
We loved it! I made mine seperate without the cream cheese and it was still delicious!
This is very good and easy! Works perfectly for someone on atkins but doesn't taste like diet food at all! How could something that is wrapped in bacon!
Not that you need another one -- but scaled down to 6 frozen bl/sl Purdue boobs. They were fairly sizeable, and I don't pound to 1/2" well, so these were hefty portions . Fixed 2 of the smaller ones for dinner and was amazed that the cheese didn't all melt away ! Very tasrt-- did the 400* to 325*, and they were nicely done and moist in 40 minutes. Froze the remaining 4 individually, and will likely do 1 for the 2 of us in the future. Good idea ! Thanks, Tish !
I made this some time ago but only used 4 chicken breasts...I froze 3 and cooked one but I didn't bother to put the chicken under the grill and it was very ordinary.. A couple of nights ago, I took a ready made roll from the freezer, thawed it, cooked it following the recipe and then crisped the bacon. What a difference and the chicken was very moist. I am glad there are still 2 left in the freezer..
Excellent!! Very OAMC friendly. Made 3 batches. Whole family loved it. Will definitely make again.
This was soooo yummy!!! Thanks for the great recipe.
I loved this. I omitted the butter and only used about 1/2 the cream cheese to cut down fat. So moist and flavorful. I am so glad I made all 12. Tastes just as great after freezing.
This was a very easy wonderfully tasting chicken dinner. My husband loved this and so did I . For my picky eaters I reserved two of the chicken breast and cooked them with just some bacon draped over them for flavor and they loved it. A keeper for this family. I served this with chicken rice, green beans, and fresh buscuits. Yum, Yum. Thanks Tish.
Tried these with hope I could prep some meals for a beach vacation for those nights we're too tired to fire up the grill. I figured 64 reviewers couldn't be wrong...and they weren't!

It's Fantastic, and omg, for me to serve something that looked so fancy shmancy with such little headache...wow! I immediately tried the freezer method, and then thawed some for the first taste test, and they were great! Phew, because I have 9 more in the freezer.
Oh, I used a toothpick and those colored ones left a blue dye mark in them - a small thing, but won't use those again. I flash froze, then wrapped each one in foil, then put in a zipper bag. Easy peasy. Thanks Tish!
I enjoyed making this dish. Hubby liked this more that I did. Thanks for posting
Very tasty and quick recipe. I didn't even bother to flatten the chicken, though the breasts I used were not thick to begin with. Skipped the butter. Will make this again!
Another winner from Trish! These were great and quick to make. Mine took 2 pieces of turkey bacon to cover and I too used that fluffy cheese and herb spread that another reviewer used. Sooo good!
This was so good. My whole family loved it. It really helped out this past week after a 2nd ankle surgery for myself, Dh could heat it up! I used the 1 leftover breast and added some red onion and mayo for a great chicken salad on a bagle. Had a wonderful smoky flavor. A definate keeper!
Deee-liscious....thankyou. I couldn't thin my chicken pieces, and too small to cut, so I decided to spread the ingredients on top of the chicken and cover with the bacon. I cooked them on my George Foreman Griller (cooks the top and bottom at the same time). They cooked in about 10 mins and the bacon was nice and crispy. I have shared your recipe with my family in Perth Western Australia.
This was the best! I only made 6 chicken breasts and I did not use the butter or salt; didn't need it! My kids saw it come out of the oven and were in awe. Then they tasted it and said it was great! I see it becoming one of my family's favorite recipes!
I downsized this recipe for only 2 chicken breasts, as I was only serving my husband and myself. 3 tablespoons of cream cheese seemed like a lot for each breast, and I reduced that amount to better suit our tastes. I also could see no reason for the added butter or salt and omitted them. My chicken rolled nicely and didn't need toothpicks for securing. The bacon added a nice flavor dimension to the chicken and creamy filling. This was simple to prepare and made an easy meal for a weeknight.
I can't say enough about these. I did the OAMC version and used low fat ingredients, including center cut bacon and Smart Balance Light butter. Absolutely fantastic - and also great with Recipe #149547.
This was one of my first OAMC recipes and it turned out really good. I didn't pound the chicken down enough, so it was a little to thick for my liking. I agree that there should be 2 slices of bacon... but other than that, it was great! I flash frozen them and that vacu sealed them and they came out great.
Excellent recipe and so easy! I am working on putting away several of these in the freezer so that I can just come home and pop them into the oven for a quick meal.. Thanks for sharing
Indeed this was a wonderful recipe! The flavors went together quite well. The crispness of the bacon with the soft cream cheese center also made a really nice texture to the chicken.
A note for people who are as ignorant as I am....prepare all that you are going to fix in bowl or on plates. I realized halfway through preparation of this wonderful dish that I was touching poultry, bacon, cream cheese and butter all together. Not of course with the same utensil but, the utensil that was used for each ingredient still may have touched the raw poultry. So, I had to throw out the leftover ingredients that made this chicken dish so tasty. Word from the wise...do like the chefs do on television..have all the ingredients ready to go prior to preparing the chicken..separately with a utensil for each of course..
Thank you Tish, for sharing a delicious recipe!
These were soft but I wasn't too thrilled about the taste. I used garlic and herb laughing cow wedges and even added some adobo. It still seemed to lack flavor, possibly due to my own taste preferences. But the kids loved it. :) thanks. I think next time I will definitely use cream cheese but will add different spices or some bbq flavor to spice it up a bit.
YUM!!!!! beyond easy, very delicious, perrrrfect for any time of year. i placed the cream cheese on top of chicken breasts and wrapped with bacon. they took a little longer to cook, but that could have been the oven (wasn't my oven so i'm not familiar with how it normally behaves). will definitely make again!
Very Yummy!! I did what others suggested and I baked for 20mins then I flipped it over and I broiled for another 20min.
I just made this for dinner. I really liked it a lot. 
I used 6 thin sliced chicken breasts and 2 TBL each of the cream cheese. It only took 15 minutes.
I made it with Green Beans and Shallots #105611.

The flavors went so well together we were in heaven!

Thank you for posting.
Liked it -- will adjust a little to suit my family's taste next time -- probably will use plain cream cheese and flavor it -- I used less than half the amount of cream cheese because DH hates it, but was able to sneak some in. I'm considering cooking in a baking dish with some cream of mushroom soup next time.
Thanks for the good recipe.
Very delicious! My husband loved it! Will be making this recipe again! Very easy to make but I thought it was messy to prepare it. Next time I will not rush and hopefully it won't be as messy, lol. Thanks!
These were SO GOOD!! Very easy to make and now I have my freezer stocked with them!
Absolutely wonderful...followed directions exactly..will bake often.
This was agred by all as a 5* recipe. I changed it up a bit as personal pref with 1# spinach frozen/thawed, 6 oz. cream cheese (blended with spinach) and a spice blend on top consisting of season-all, salt pepper and garlic powder. I baked in over for appprox 55 minutes. Delicious and super quick once you get everything together!
Hubby and I thought it was just ok. It was good but I don't think it was good enough for us to make again. It might be because we like a lot of flavor in our food. But don't base your decision on my review, we are somewhat picky eaters. Make it and decide for yourself. 73 ratings and almost 5 stars, see what I mean?
Simple and wonderful! I didn't dot with the butter, just to try and omit some fat, but it was delicious anyway! These OAMC recipes are so helpful, thank you!
YUMMY !! I made this for supper tonight and everyone had a second helping so that was a good clue that this one was a keeper and pretty simple to put together too. I think everyone liked having something just a little bit different. I may have cooked it just a tad too long but I will make note of it for next time. We had this with cranberry rice and carrots. Thanks
Wow! I have never had a chicken breast so moist and tender! We made half a batch and put them in the freezer. We decided tonight was the night to try them and we were so excited with the taste. We used two slices of bacon and used Adobo in place in salt. Thank you so much for posting this recipe. It is a keeper and I will be spreading the word about this one!
Wow, wow, wow! Can I say WOW again! This was so easy to make, but definitely company worthy. I halved the recipe and used chicken cutlets slightly pounded. THANKS FOR POSTING! Iâ€™ll be making this again for sure!
This dish is simple and yet outstanding! I followed another reviewer's suggestions and salted (with Truffle salt)the chicken before adding the cheese. I only had low fat plain cream cheese so I added finely minced green onion. I followed the advice to bake at 400 degrees for 20 minutes and lowered the oven to 300 degrees for 20 minutes. I turned the chicken during the broiling part. My husband is STILL talking about it so it is going to be one of my "go to" recipes.
This is so good!! I cut the ingredients in 1/2 so we had enough for one meal and leftovers. I didn't roll the chicken, I just spread the cream cheese on top of the flat chicken breast, and still wrapped it with bacon. It took 3 pieces of bacon to wrap each chicken breast. Yummmmm!!! I'll definately be making this again, soon!
I really liked this recipe. I made it hte other night for hubby and I. He is not a big fan of chicken, and I was waiting for the usual complaints about me making him eat chicken (poor baby!). No complaints!! He really liked it, and said he would really like to have it again! It was really quite easy, but looked so flash. Now that I have given them a test run, I will have to make some to freeze.
DH loved this (and he usually doesn't like creamy stuff), but I really didn't like it much (and I usually LOVE creamy stuff). The consistency of the cream cheese was just too thick for me, even though I used the good spreadable kind, and I couldn't really taste anything else. Guess it just wasn't my cup of tea, though others should definitely consider it worth a try!
Oh my this was yummy!!
We found a really good sale on chicken and were looking for ways to prepare it... this was PERFECT!!
My husband just raved and has requested that this be in our rotation!
Thanks so much for the recipe!!
We had this for supper and it was a hit.The chicken was so tender you could cut it with the fork. I used plain cream cheese and added garlic chives from my garden and 1 clove of garlic.
Very easy to make and I will make more and freeze them for future suppers.
I served a salad and green beans and french bread along with it.

Thank you for posting a superb recipe.
Brilliant recipe. Couldn't find chive and onion cream cheese so added 60ml of fine diced brown onion and 40 ml of snipped chives to 250 gms of plain cream cheese and a pinch of salt and it worked like a dream. Am now going to experiment with other flavours like herb and garlic others have mentioned. So simple so delightful.
Terrific! I used Purdue thinly sliced tenderloins so I adjusted the amount of cream cheese. They were very appealing when sliced on a plate.
This was a big hit with my husband. I look forward to making it many more times, and possibly toying with the filling a bit to see what I can come up with. Thanks for a great recipe!
